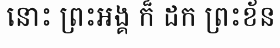
នោះ ព្រះអង្គ ក៏ ដក ព្រះខ័ន